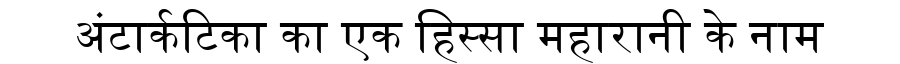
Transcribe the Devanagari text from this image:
अंटार्कटिका का एक हिस्सा महारानी के नाम